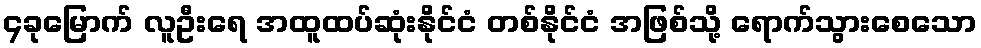
၄ခုမြောက် လူဦးရေ အထူထပ်ဆုံးနိုင်ငံ တစ်နိုင်ငံ အဖြစ်သို့ ရောက်သွားစေသော